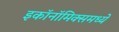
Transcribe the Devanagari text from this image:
इकाॅनाॅमिक्समध्ये